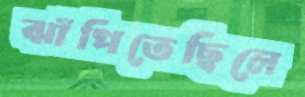
ঝাঁপিতেছিলে